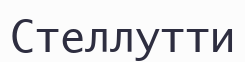
Стеллутти